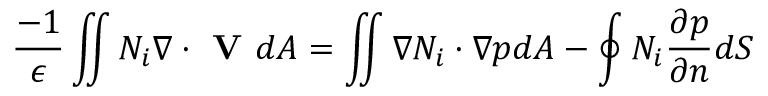
\frac { - 1 } { \epsilon } \iint N _ { i } \nabla \cdot \textbf { V } d A = \iint \nabla N _ { i } \cdot \nabla p d A - \oint N _ { i } \frac { \partial p } { \partial n } d S